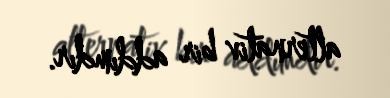
alternativ bir addımdır.